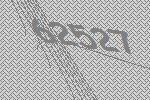
62527